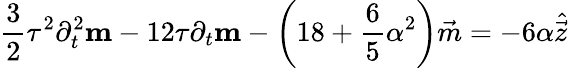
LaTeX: \frac{3}{2}\tau^{2}\partial_{t}^{2}\mathbf{m}-12\tau\partial_{t}\mathbf{m}-\left(18+\frac{6}{5}\alpha^{2}\right)\vec{m}=-6\alpha\hat{\vec{z}}